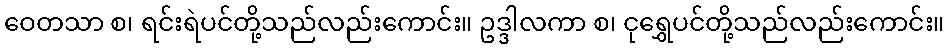
ဝေတသာ စ၊ ရင်းရဲပင်တို့သည်လည်းကောင်း။ ဥဒ္ဒါလကာ စ၊ ငုရွှေပင်တို့သည်လည်းကောင်း။